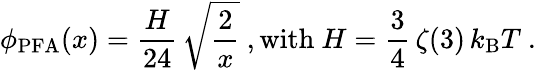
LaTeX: \phi_{\mathrm{PFA}}(x)=\frac{H}{24}\, \sqrt{\frac 2x}~,\textrm{with}~H=\frac 34\, \zeta(3)\, k_{\mathrm{B}}T~.